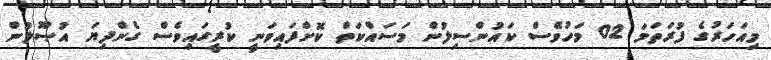
މިއަހަރުގެ ފުރަތަމަ 02 މަހުވެސް ކައުންސިލުން މަސައްކަތް ކޮށްފައިވަނީ ކުރީގައިވެސް ގެންދިޔަ އުޞޫލުން